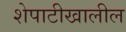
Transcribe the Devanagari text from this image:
शेपाटीखालील